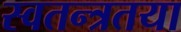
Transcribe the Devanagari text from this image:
स्वतन्त्रतया